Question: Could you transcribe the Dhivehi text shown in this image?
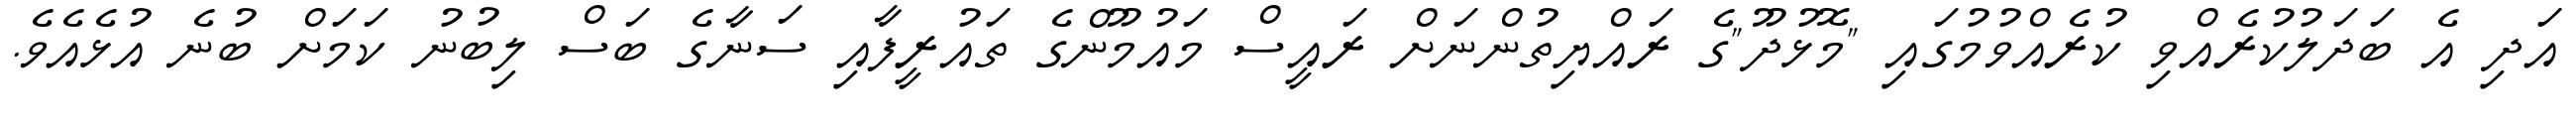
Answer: އަދި އެ ބަދަލުކުރެއްވި ކުރެއްވުމުގައި "މޮޅުދޫ"ގެ ރައްޔިތުންނަށް ރައީސް މައުމޫންގެ ތައުރީފާއި ސަނާގެ ބަސް ލިބުނު ކަމަށް ބުނެ އުޅެއެވެ.